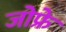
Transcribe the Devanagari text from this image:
जोफ्रे